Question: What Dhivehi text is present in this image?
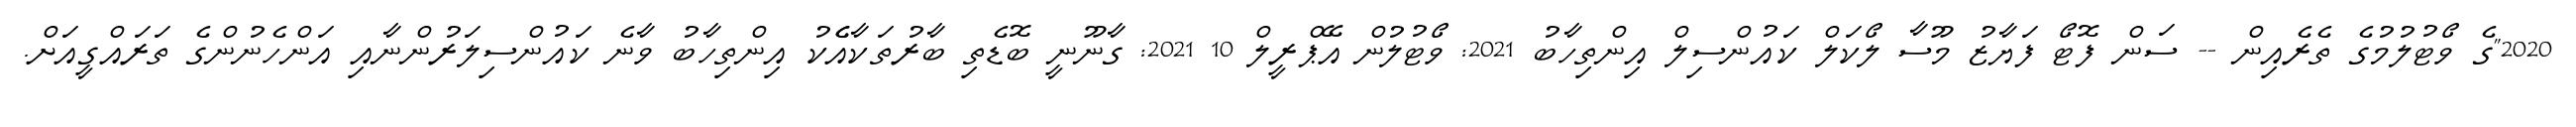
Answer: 2020"ގެ ވޯޓުލުމުގެ ތެރެއިން -- ސަން ފޮޓޯ ފަޔާޒު މޫސާ ލޯކަލް ކައުންސިލް އިންތިހާބު 2021: ވޯޓުލުން އޭޕްރީލް 10 2021: ގާނޫނީ ބޮޑެތި ބާރުތަކާއެެކު އިންތިހާބު ވާނެ ކައުންސިލަރުންނާއި އަންހެނުންގެ ތަރައްގީއަށް.